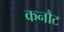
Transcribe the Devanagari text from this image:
कनौट